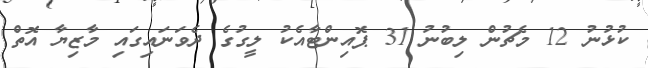
ކުޅުނު 12 މެޗުން ލިބުނު 31 ޕޮއިންޓާއެކު ލީގުގެ ދެވަނައިގައި މާޒިޔާ އޮތް